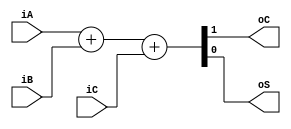
`timescale 1ns / 1ps
//////////////////////////////////////////////////////////////////////////////////
// Company: 
// Engineer: 
// 
// Design Name: 
// Module Name: FA
// Project Name: 
// Target Devices: 
// Tool Versions: 
// Description: 
// 
// Dependencies: 
// 
// Revision:
// Revision 0.01 - File Created
// Additional Comments:
// 
//////////////////////////////////////////////////////////////////////////////////


module FA(
    input iA,
    input iB,
    input iC,
    output oC,
    output oS
    );
    assign {oC,oS} = iA+iB+iC;
endmodule